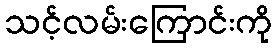
သင့်လမ်းကြောင်းကို